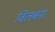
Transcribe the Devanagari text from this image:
विलबंना